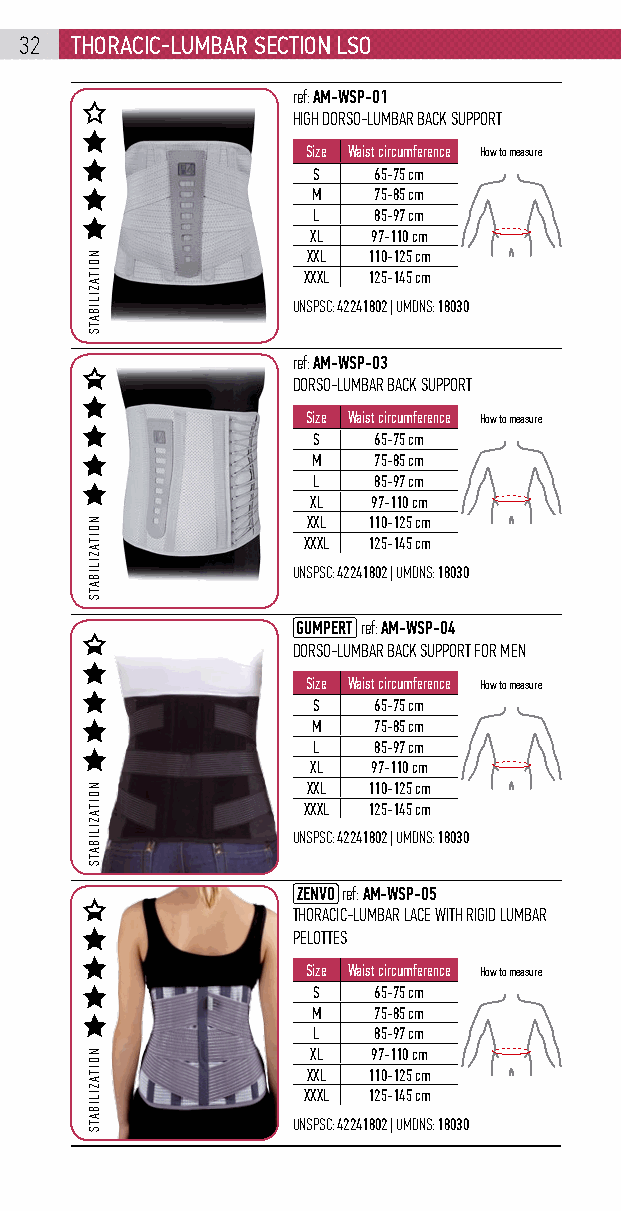
32  Thoracic-lumbar secTion lso
 ref: AM-WSP-01
 HIGH DORSO-LUMBAR BACK SUPPORT
 Size Waist circumference How to measure
 S   65-75 cm
 M   75-85 cm
 L   85-97 cm
 XL  97-110 cm
 XXL 110-125 cm
 XXXL 125-145 cm
 UNSPSC: 42241802 | UMDNS: 18030
 ref: AM-WSP-03
 DORSO-LUMBAR BACK SUPPORT
 Size Waist circumference How to measure
 S   65-75 cm
 M   75-85 cm
 L   85-97 cm
 XL  97-110 cm
 XXL 110-125 cm
 XXXL 125-145 cm
 UNSPSC: 42241802 | UMDNS: 18030
 GUMPERT ref: AM-WSP-04
 DORSO-LUMBAR BACK SUPPORT FOR MEN
 Size Waist circumference How to measure
 S   65-75 cm
 M   75-85 cm
 L   85-97 cm
 XL  97-110 cm
 XXL 110-125 cm
 XXXL 125-145 cm
 UNSPSC: 42241802 | UMDNS: 18030
 ZENVO ref: AM-WSP-05
 THORACIC-LUMBAR LACE WITH RIGID LUMBAR
 PELOTTES
 Size Waist circumference How to measure
 S   65-75 cm
 M   75-85 cm
 L   85-97 cm
 XL  97-110 cm
 XXL 110-125 cm
 XXXL 125-145 cm
 UNSPSC: 42241802 | UMDNS: 18030
 NOITAZILIBATS
 NOITAZILIBATS
 NOITAZILIBATS
 NOITAZILIBATS